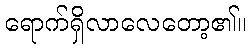
ရောက်ရှိလာလေတော့၏။